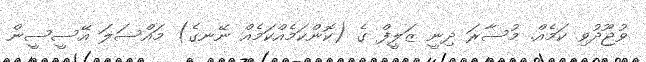
ވުޖޫދުވި ކަމެއް. މުސާރަ ދިނީ ޒަލީފް ގެ (ކޮންކަމެއްކަމެއް ނޭނގެ) މައްސަލަ އޭސީސީން